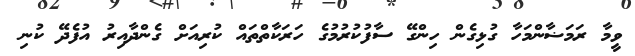
ވީމާ ރަމަޟާންމަހާ ގުޅިގެން ހިންގޭ ސާފުކުރުމުގެ ހަރަކާތްތައް ކުރިއަށް ގެންދާއިރު އުފެދޭ ކުނި